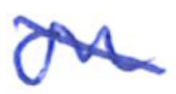
Text: on
Cross-out: diagonal
Writing tool: ballpoint